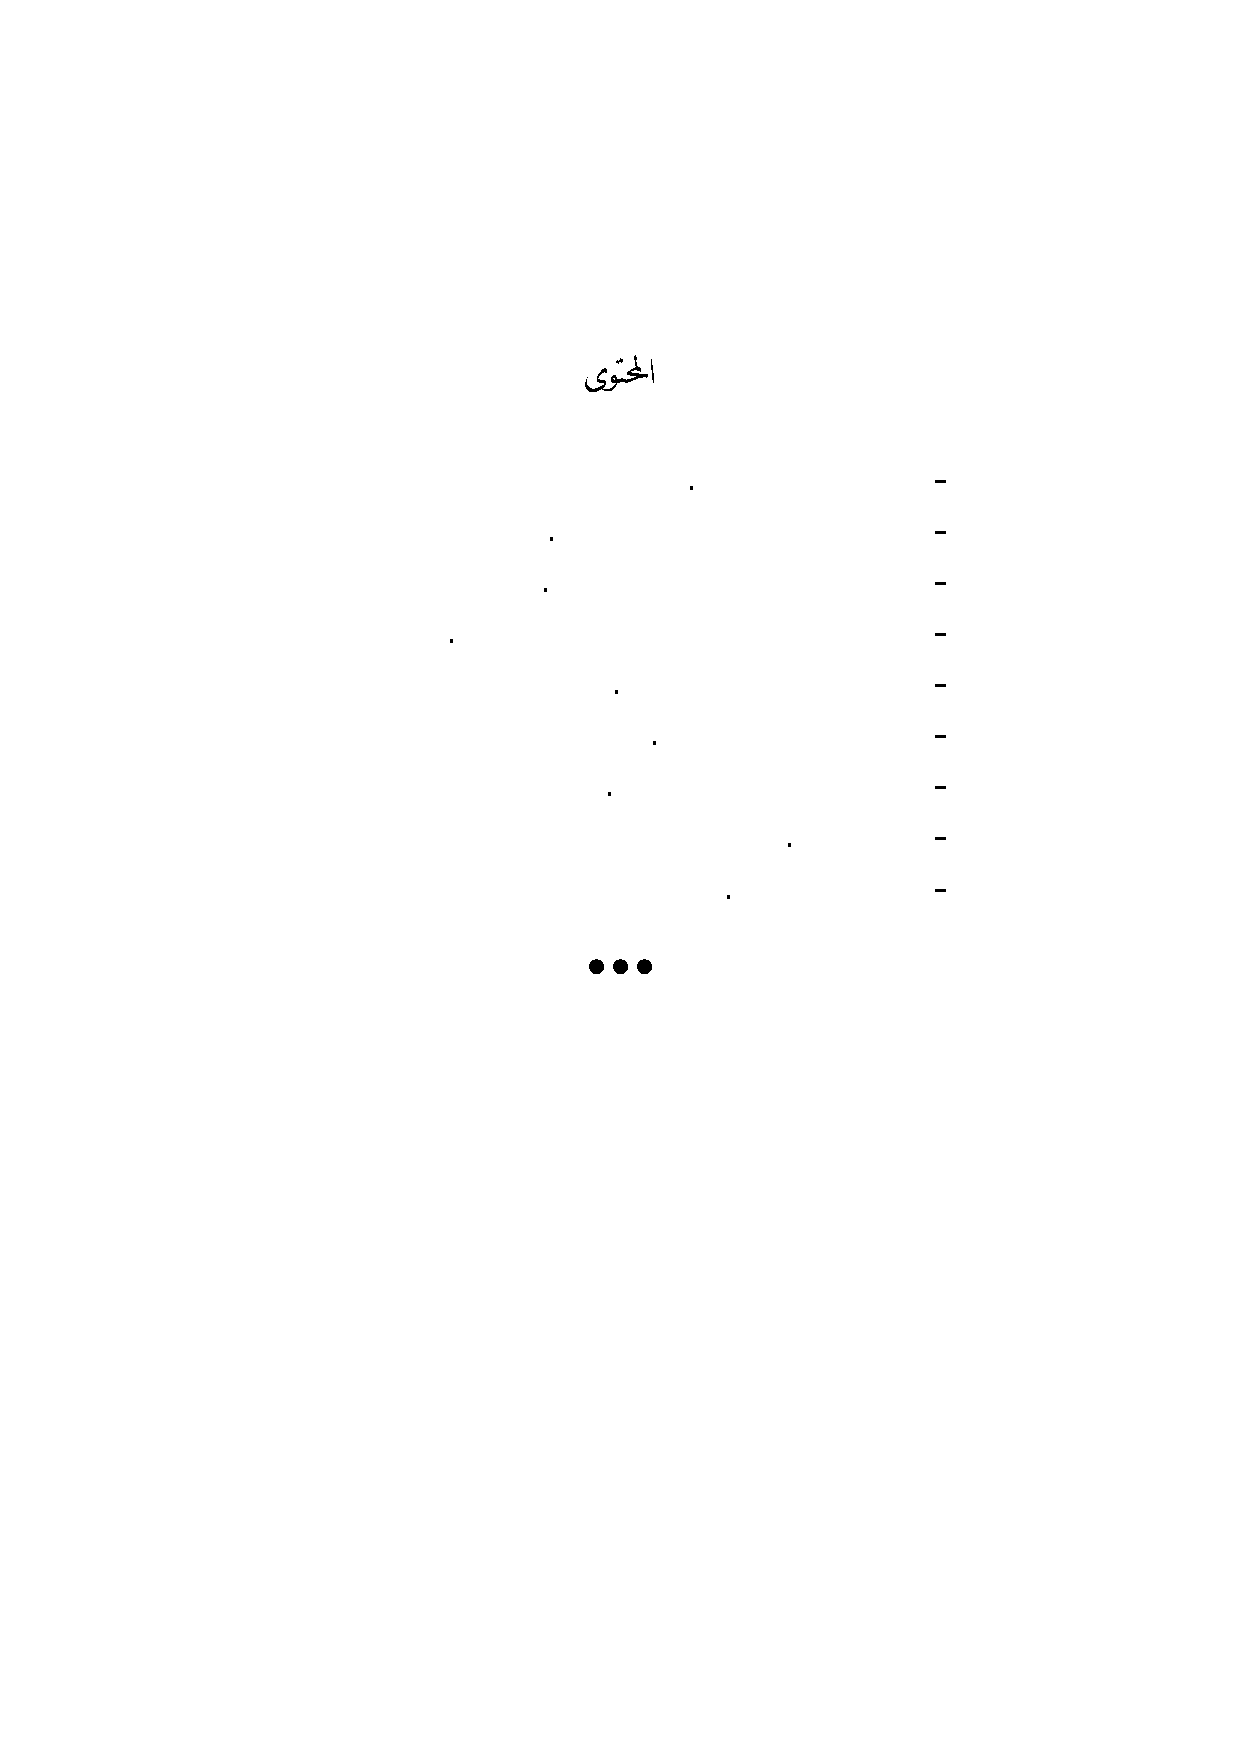
ﻯﻮﺘﶈﺍ
 .ﻪﺑ ﻰﻔﺘﶈﺍ ﺓﺎﻴﺣ ﻦﻣ ﺕﺎﶈ - ١
 .ﺭﺎﳒ ﲔﺴﺣ ﺫﺎﺘﺳﻷﺍ ﺎﻫﺎﻘﻟﺃ ﺡﺎﺘﺘﻓﻹﺍ ﺔﻤﻠﻛ - ٢
 .ﻪﺟﻮﺧ ﺩﻮﺼﻘﳌﺍ ﺪﺒﻋ ﺫﺎﺘﺳﻷﺍ ﻲﻔﺘﶈﺍ ﺔﻤﻠﻛ - ٣
 .ﺔﺟﻮﺨﻠﺑ ﺐﻴﺒﳊﺍ ﺪﻤﳏ ﺦﻴﺸﻟﺍ ﺔﻠﻴﻀﻓ ﻪﺑ ﻰﻔﺘﶈﺍ ﺔﻤﻠﻛ - ٤
 .ﻥﺍﺪﻳﺯ ﲔﺴﺣ ﺪﻤﳏ ﺫﺎﺘﺳﻷﺍ ﺔﻤﻠﻛ - ٥
 .ﻰﺴﻴﻌﻟﺍ ﻞﺒﻘﻣ ﺮﻋﺎﺸﻟﺍ ﺓﺪﻴﺼﻗ - ٦
 .ﺭﻮﻀﳊﺍ ﲔﺑﻭ ﻪﺑ ﻰﻔﺘﶈﺍ ﲔﺑ ﺭﺍﻮﳊﺍ - ٧
 .ﺔﻴﺴﻣﻷﺍ ﻡﺎﺘﺧ - ٨
 .ﻪﺑ ﻰﻔﺘﶈﺍ ﻦﻣ ﺐﻴﻘﻌﺗ - ٩
 •••